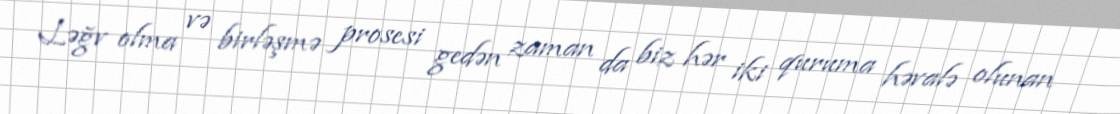
Ləğv olma və birləşmə prosesi gedən zaman da biz hər iki quruma həvalə olunan